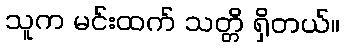
သူက မင်းထက် သတ္တိ ရှိတယ်။